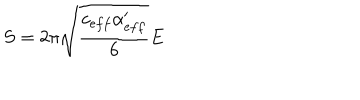
S = 2 \pi \sqrt { \frac { c _ { e f f } \alpha _ { e f f } ^ { \prime } } { 6 } } E